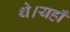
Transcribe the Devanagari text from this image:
थे।यहाँ